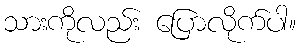
သားကိုလည်း ပြောလိုက်ပါ။